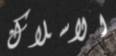
الاسلاك